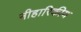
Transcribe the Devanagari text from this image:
नीहारिकीय